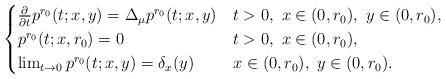
\begin{align*}\begin{cases} \frac{\partial}{\partial t} p^{r_0}(t;x,y) = \Delta_{\mu} p^{r_0}(t;x,y) & t>0,\ x \in (0,r_0),\ y \in (0,r_0), \\ p^{r_0}(t;x,r_0) = 0 & t>0,\ x \in (0,r_0), \\ \lim_{t \to 0} p^{r_0}(t;x,y) = \delta_x(y) &x \in (0,r_0),\ y \in (0,r_0). \end{cases}\end{align*}